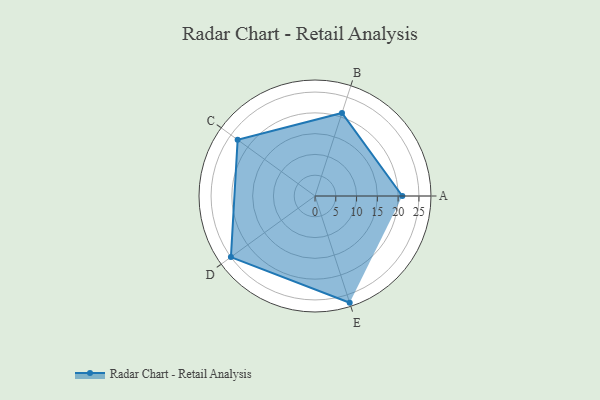
{"axis": {"x": "Skill", "y": "Score"}, "legend": ["Profile"], "data": [{"x": "A", "y": 21.0, "type": "Profile"}, {"x": "B", "y": 21.0, "type": "Profile"}, {"x": "C", "y": 23.0, "type": "Profile"}, {"x": "D", "y": 25.0, "type": "Profile"}, {"x": "E", "y": 27.0, "type": "Profile"}]}